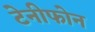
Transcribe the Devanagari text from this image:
टेनीफोन